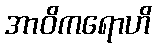
အာဝိကရောဟိ